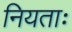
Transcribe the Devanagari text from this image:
नियताः